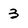
Character: 3